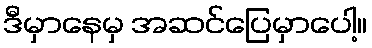
ဒီမှာနေမှ အဆင်ပြေမှာပေါ့။